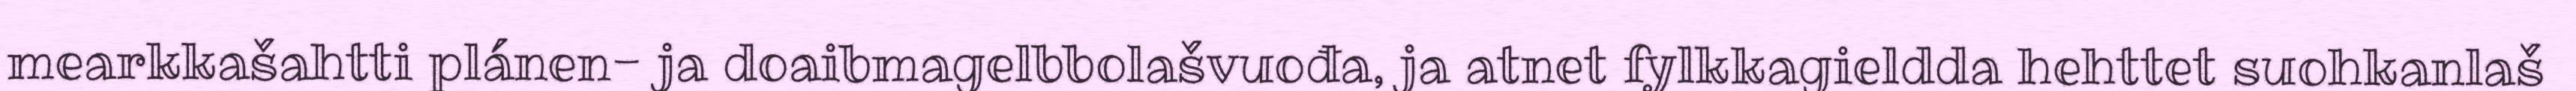
mearkkašahtti plánen- ja doaibmagelbbolašvuođa, ja atnet fylkkagieldda hehttet suohkanlaš